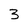
Character: 3